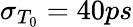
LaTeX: \sigma_{T_{0}}=40ps